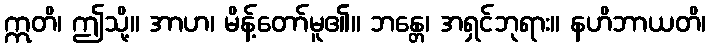
ဣတိ၊ ဤသို့။ အာဟ၊ မိန့်တော်မူ၏။ ဘန္တေ၊ အရှင်ဘုရား။ နဟိဘာယတိ၊